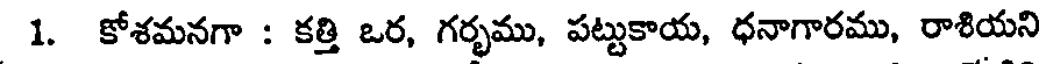
1. కోశమనగా : కత్తి ఒర, గర్భము, పట్టుకాయ, ధనాగారము, రాశియని